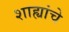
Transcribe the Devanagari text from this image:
शाह्यांचे